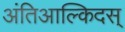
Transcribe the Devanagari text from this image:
अंतिआल्किदस्